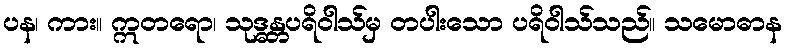
ပန၊ ကား။ ဣတရော၊ သုဒ္ဓန္တပရိဝါသ်မှ တပါးသော ပရိဝါသ်သည်။ သမောဓာန